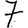
Digit: 7